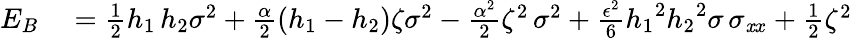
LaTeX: \begin{array}{rl}{{E}_{B}}&{{}=\frac 12{h_{1}\, h_{2}}{\sigma}^{2}+\frac{\alpha}{2}(h_{1}-h_{2})\zeta{\sigma}^{2}-\frac{\alpha^{2}}2{\zeta}^{2}\, {\sigma}^{2}+\frac{\epsilon^{2}}6{h_{1}}^{2}{h_{{2}}}^{2}\sigma\, \sigma_{{{\mathit xx}}}+\frac 12{\zeta}^{2}\, }\end{array}